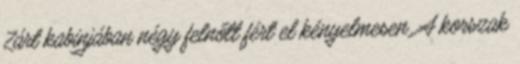
Zárt kabinjában négy felnőtt fért el kényelmesen. A korszak